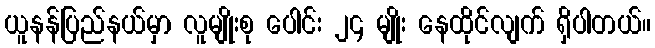
ယူနန်ပြည်နယ်မှာ လူမျိုးစု ပေါင်း ၂၄ မျိုး နေထိုင်လျက် ရှိပါတယ်။